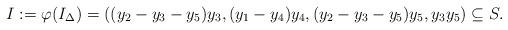
LaTeX: \begin{align*}I:=\varphi(I_{\Delta})=((y_2-y_3-y_5)y_3,(y_1-y_4)y_4,(y_2-y_3-y_5)y_5, y_3y_5) \subseteq S.\end{align*}